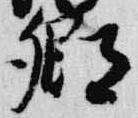
卿